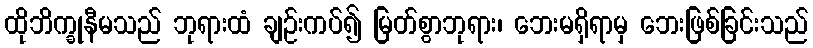
ထိုဘိက္ခုနီမသည် ဘုရားထံ ချဉ်းကပ်၍ မြတ်စွာဘုရား၊ ဘေးမရှိရာမှ ဘေးဖြစ်ခြင်းသည်